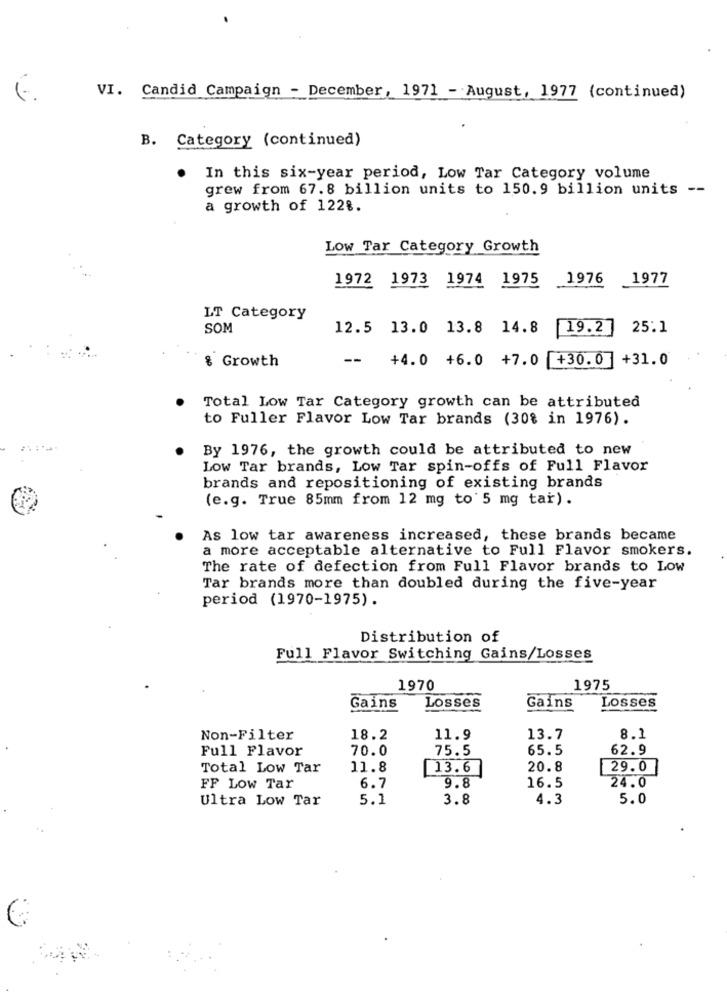
VI. Candid Campaign - December, 1971 - August, 1977 (continued)
B. Category (continued)
. In this six-year period, Low Tar Category volume
grew from 67.8 billion units to 150.9 billion units --
a growth of 122%.
Low Tar Category Growth
1972 1973 1974 1975
1976
1977
LT Category
SOM
12.5 13.0 13.8 14.8
19.2
25.1
& Growth
--
+4.0 +6.0 +7.0 +30.0
+31.0
Total Low Tar Category growth can be attributed
to Fuller Flavor Low Tar brands (30% in 1976).
By 1976, the growth could be attributed to new
Low Tar brands, Low Tar spin-offs of Full Flavor
brands and repositioning of existing brands
(e.g. True 85mm from 12 mg to 5 mg tar).
As low tar awareness increased, these brands became
a more acceptable alternative to Full Flavor smokers.
The rate of defection from Full Flavor brands to Low
Tar brands more than doubled during the five-year
period (1970-1975).
Distribution of
Full Flavor Switching Gains/Losses
1970
1975
Gains
Losses
Gains
Losses
Non-Filter
18.2
11.9
13.7
8.1
Full Flavor
70.0
75.5
65.5
62.9
Total Low Tar
11.8
13.6
20.8
29.0
24.0
FF LOW Tar
6.7
9.8
16.5
Ultra Low Tar
5.1
3.8
4.3
5.0